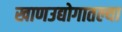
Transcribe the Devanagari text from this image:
खाणउद्योगातल्या